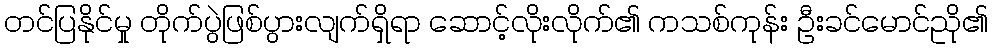
တင်ပြနိုင်မှု တိုက်ပွဲဖြစ်ပွားလျက်ရှိရာ ဆောင့်လိုးလိုက်၏ ကသစ်ကုန်း ဦးခင်မောင်ညို၏